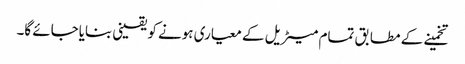
تخمینے کے مطابق تمام میٹریل کے معیاری ہونے کو یقینی بنایاجائے گا۔